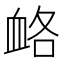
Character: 衉